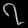
Digit: ၇